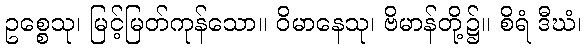
ဥစ္စေသု၊ မြင့်မြတ်ကုန်သော။ ဝိမာနေသု၊ ဗိမာန်တို့၌။ စိရံ ဒီဃံ၊